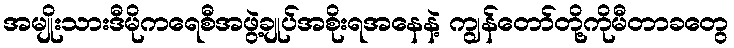
အမျိုးသားဒီမိုကရေစီအဖွဲ့ချုပ်အစိုးရအနေနဲ့ ကျွန်တော်တို့ကိုမီတာခတွေ